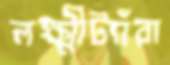
লক্ষ্মীট্যাঁরা